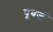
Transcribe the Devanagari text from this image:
पूवर्ज